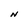
Character: N